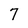
Character: 7